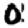
Digit: 0